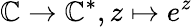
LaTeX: \mathbb{C}\to\mathbb{C}^{*},z\mapsto e^{z}